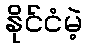
နိုင်ငံမဲ့